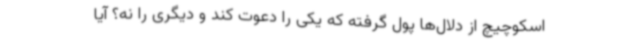
اسکوچیچ از دلال‌ها پول گرفته که یکی را دعوت کند و دیگری را نه؟ آیا